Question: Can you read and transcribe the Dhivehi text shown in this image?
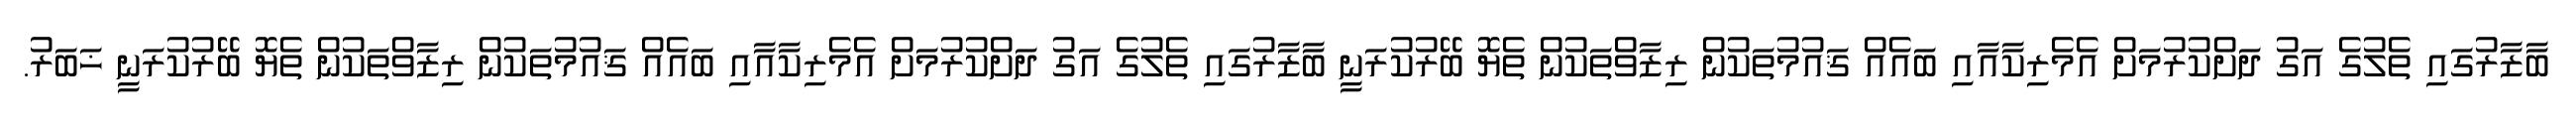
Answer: ބާޒާރުގައި ތެލުގެ އަގު ދަށްކުރުމަށް އެމެރިކާއާއި ބައެއް ޤައުމުތަކުން ރިޒާވްތަކުން ތެޔޮ ބޭރުކުރަނީ ބާޒާރުގައި ތެލުގެ އަގު ދަށްކުރުމަށް އެމެރިކާއާއި ބައެއް ޤައުމުތަކުން ރިޒާވްތަކުން ތެޔޮ ބޭރުކުރަނީ ޚަބަރު.